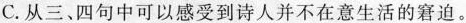
C.从三、四句中可以感受到诗人并不在意生活的窘迫。